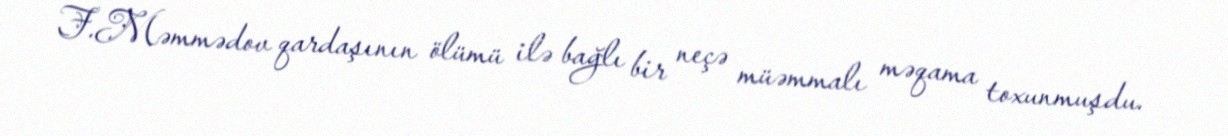
F.Məmmədov qardaşının ölümü ilə bağlı bir neçə müəmmalı məqama toxunmuşdu.